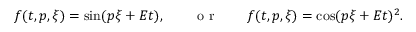
\begin{array} { r } { f ( t , p , \xi ) = \sin ( p \xi + E t ) , \qquad \mathrm { ~ o ~ r ~ } \qquad f ( t , p , \xi ) = \cos ( p \xi + E t ) ^ { 2 } . } \end{array}